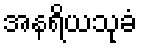
အနရိယသုခံ